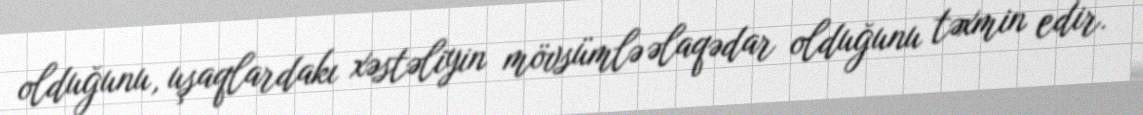
olduğunu, uşaqlardakı xəstəliyin mövsümlə əlaqədar olduğunu təxmin edir.